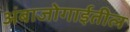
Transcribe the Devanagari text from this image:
अंबाजोगाईतील